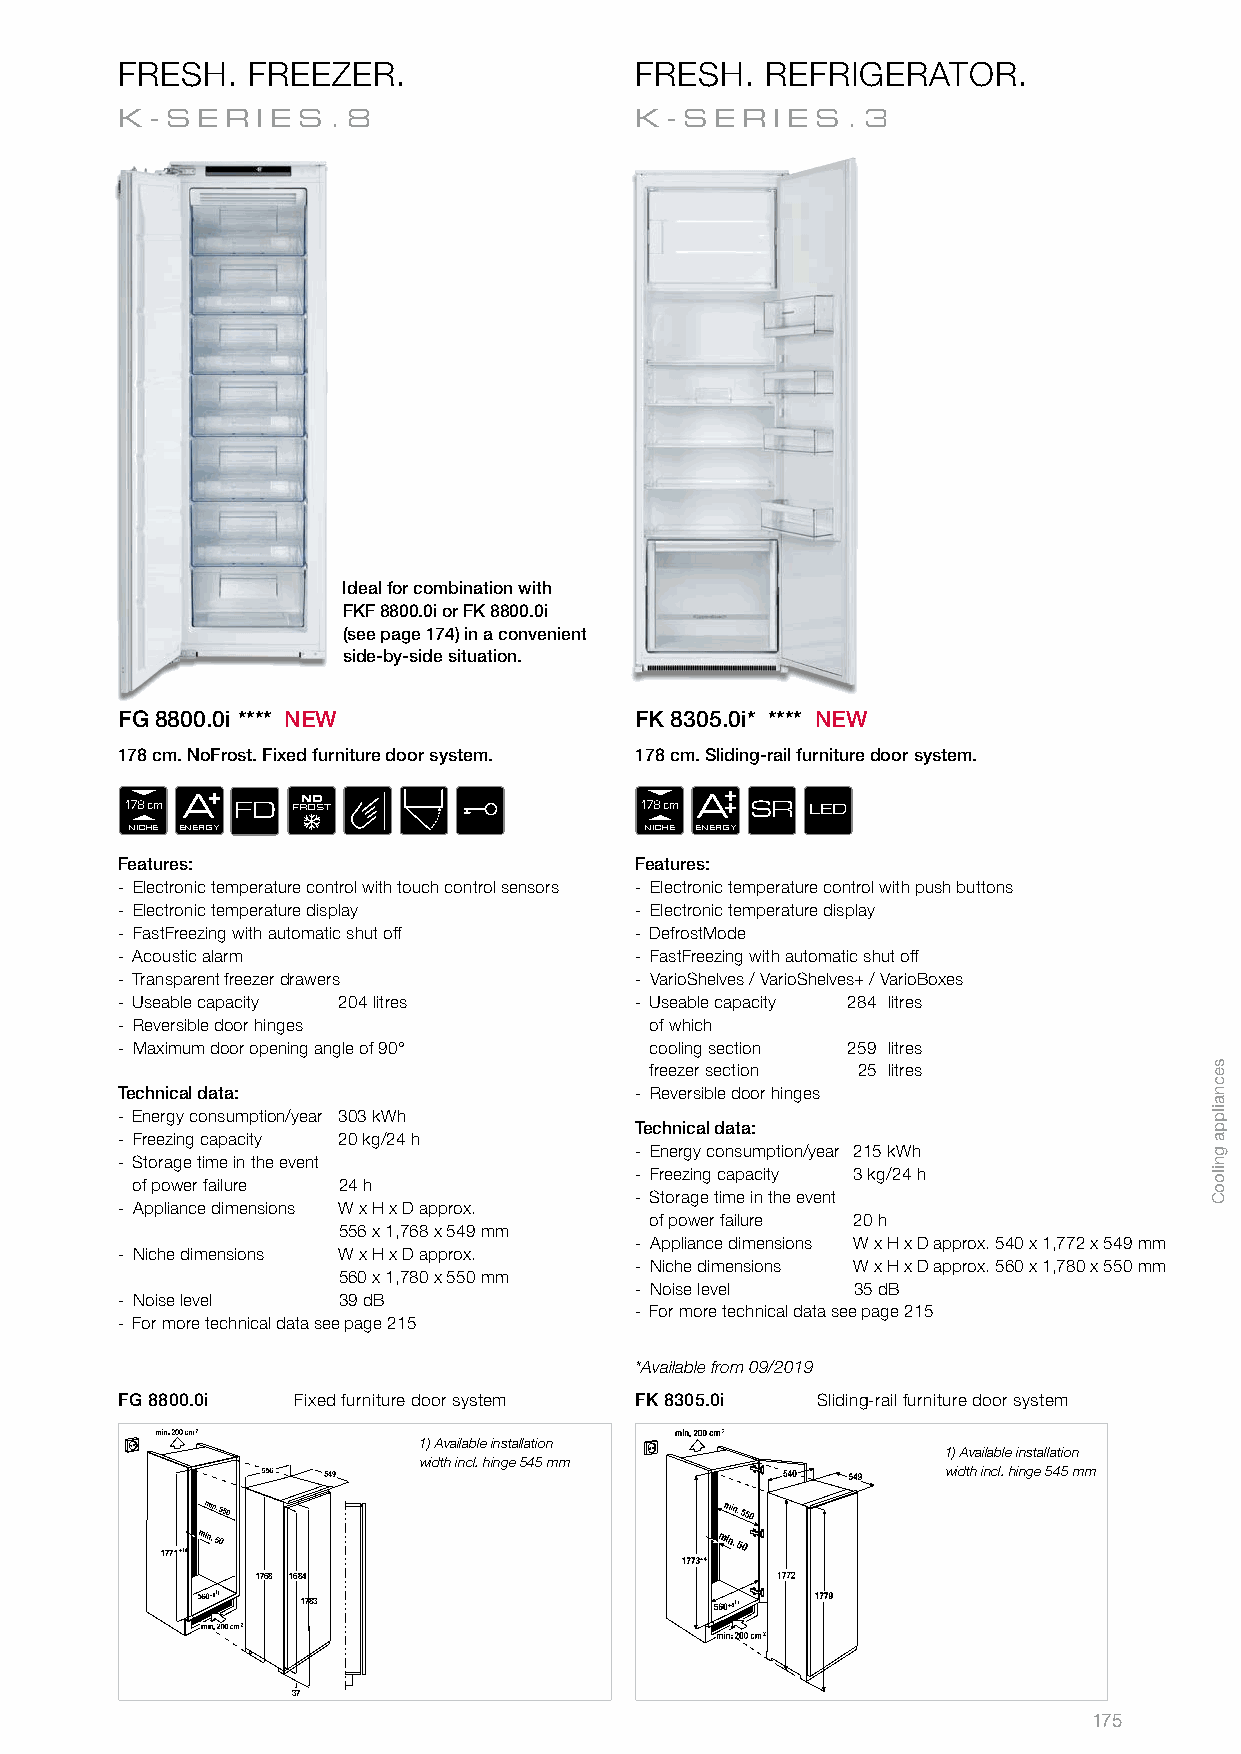
FRESH.  FREEZER.                  FRESH.   REFRIGERATOR.
 K-SER    IES.8                    K- SERIES     .3
 Ideal for combination with
 FKF 8800.0i or FK 8800.0i
 (see page 174) in a convenient
 side-by-side situation.
 FG 8800.0i **** NEW               FK 8305.0i* **** NEW
 178 cm. NoFrost. Fixed furniture door system. 178 cm. Sliding-rail furniture door system.
 178 cm A FD FRN OO ST             178 cm A SR LED
 NICHE ENERGY                       NICHE ENERGY
 Features:                         Features:
 - Electronic temperature control with touch control sensors - Electronic temperature control with push buttons
 - Electronic temperature display  - Electronic temperature display
 - FastFreezing with automatic shut off - DefrostMode
 - Acoustic alarm                  - FastFreezing with automatic shut off
 - Transparent freezer drawers     - VarioShelves / VarioShelves+ / VarioBoxes
 - Useable capacity 204 litres     - Useable capacity 284 litres
 - Reversible door hinges           of which
 - Maximum door opening angle of 90° cooling section 259 litres
 freezer section 25 litres
 Technical data:                   - Reversible door hinges
 - Energy consumption/year 303 kWh
 Technical data:
 - Freezing capacity 20 kg/24 h
 - Energy consumption/year 215 kWh
 - Storage time in the event
 - Freezing capacity 3 kg/24 h
 of power failure 24 h
 - Storage time in the event
 - Appliance dimensions W x H x D approx.
 of power failure 20 h
 556 x 1,768 x 549 mm
 - Appliance dimensions W x H x D approx. 540 x 1,772 x 549 mm
 - Niche dimensions W x H x D approx.
 - Niche dimensions W x H x D approx. 560 x 1,780 x 550 mm
 560 x 1,780 x 550 mm
 - Noise level 35 dB
 - Noise level 39 dB
 - For more technical data see page 215
 - For more technical data see page 215
 *Available from 09/2019
 FG 8800.0i  Fixed furniture door system FK 8305.0i Sliding-rail furniture door system
 1) Available installation
 1) Available installation
 width incl. hinge 545 mm
 width incl. hinge 545 mm
 1771+10 min. 50                     min. 50
 1768 1684
 1783
 37
 175
 secnailppa
 gnilooC